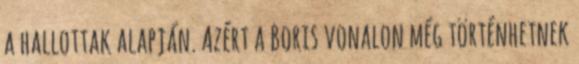
a hallottak alapján. Azért a Boris vonalon még történhetnek